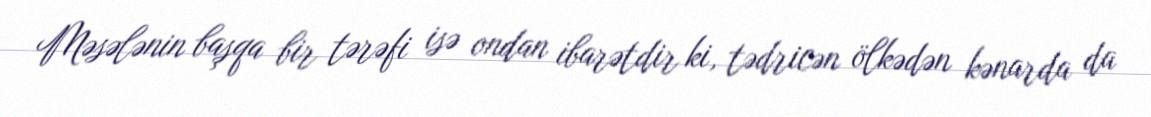
Məsələnin başqa bir tərəfi isə ondan ibarətdir ki, tədricən ölkədən kənarda da